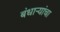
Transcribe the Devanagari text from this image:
बंधाऱ्यांचा